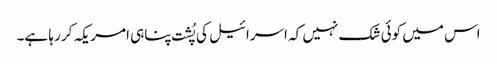
اس میں کوئی شک نہیں کہ اسرائیل کی پُشت پناہی امریکہ کر رہا ہے۔